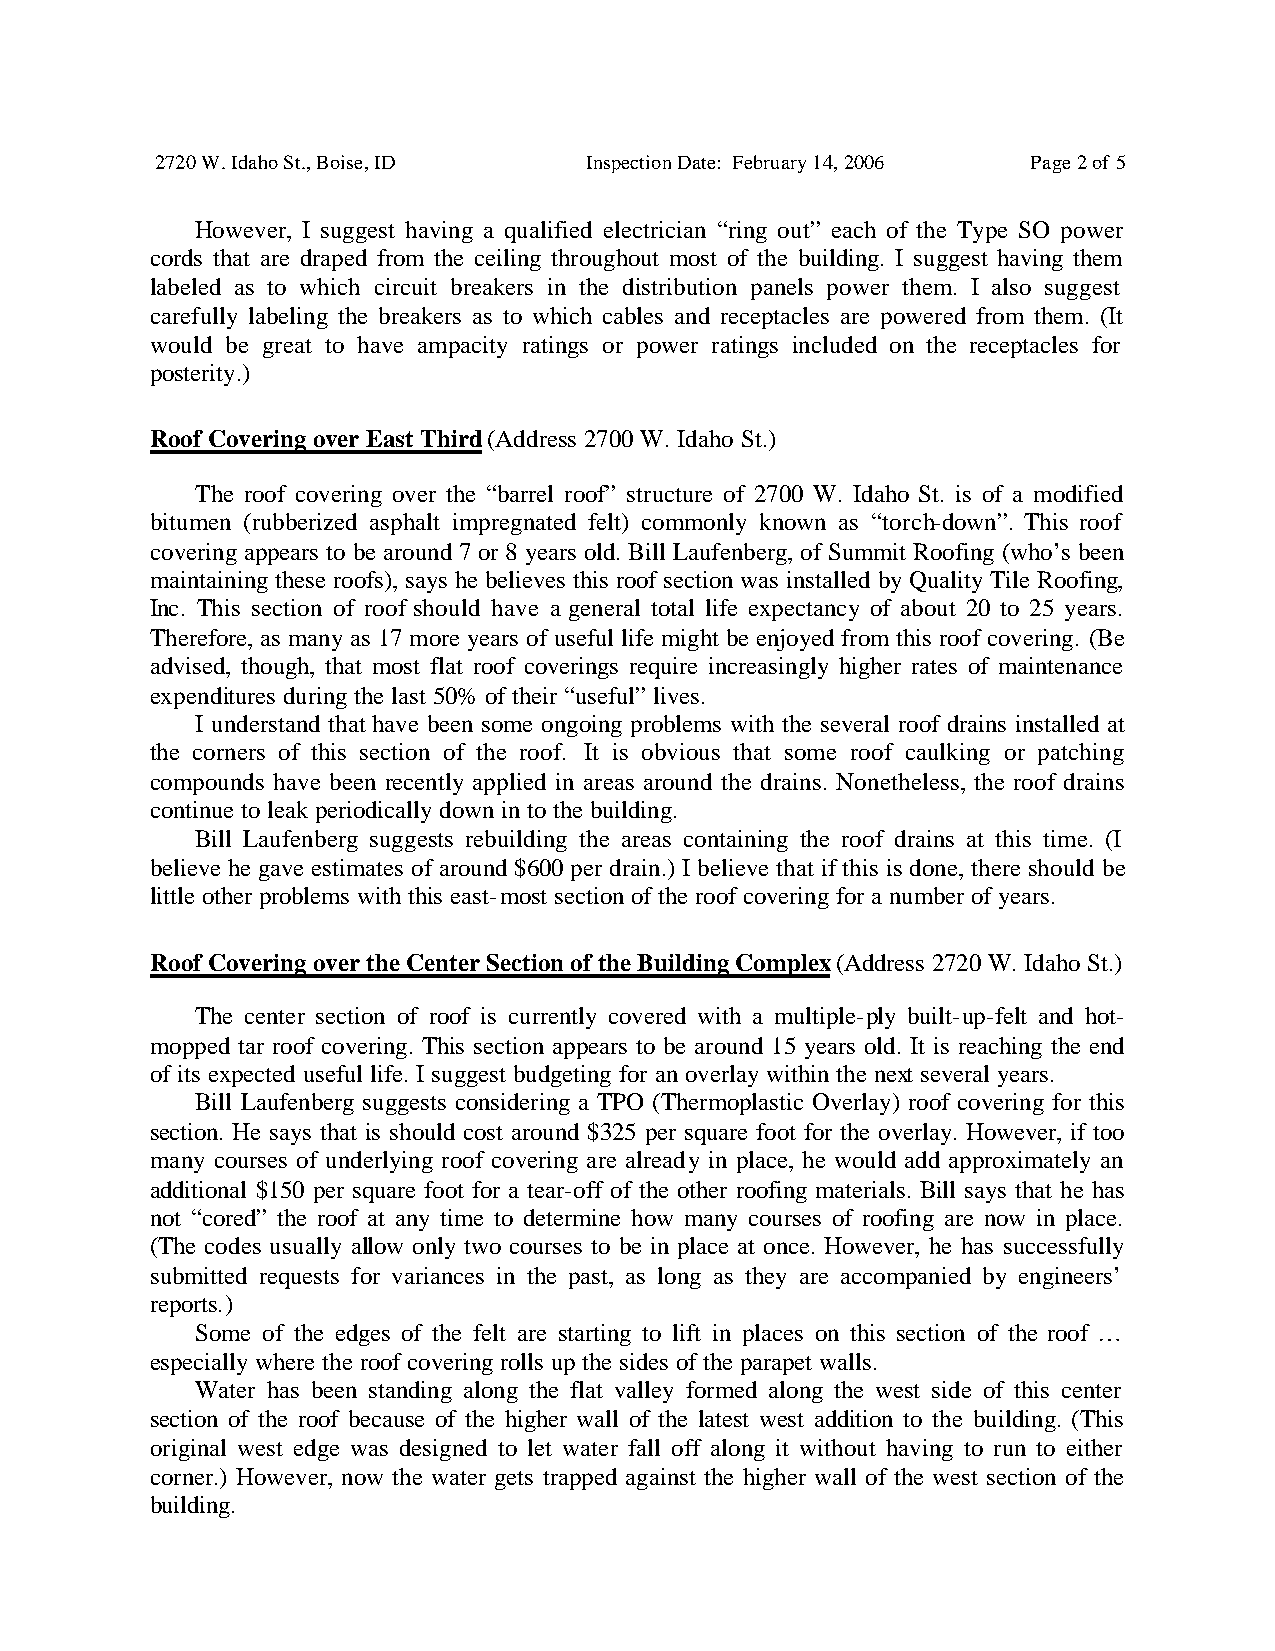
2720 W. Idaho St., Boise, ID Inspection Date: February 14, 2006 Page 2 of 5
 However, I suggest having a qualified electrician “ring out” each of the Type SO power
 cords that are draped from the ceiling throughout most of the building. I suggest having them
 labeled as to which circuit breakers in the distribution panels power them. I also suggest
 carefully labeling the breakers as to which cables and receptacles are powered from them. (It
 would be great to have ampacity ratings or power ratings included on the receptacles for
 posterity.)
 Roof Covering over East Third (Address 2700 W. Idaho St.)
 The roof covering over the “barrel roof” structure of 2700 W. Idaho St. is of a modified
 bitumen (rubberized asphalt impregnated felt) commonly known as “torch-down”. This roof
 covering appears to be around 7 or 8 years old. Bill Laufenberg, of Summit Roofing (who’s been
 maintaining these roofs), says he believes this roof section was installed by Quality Tile Roofing,
 Inc. This section of roof should have a general total life expectancy of about 20 to 25 years.
 Therefore, as many as 17 more years of useful life might be enjoyed from this roof covering. (Be
 advised, though, that most flat roof coverings require increasingly higher rates of maintenance
 expenditures during the last 50% of their “useful” lives.
 I understand that have been some ongoing problems with the several roof drains installed at
 the corners of this section of the roof. It is obvious that some roof caulking or patching
 compounds have been recently applied in areas around the drains. Nonetheless, the roof drains
 continue to leak periodically down in to the building.
 Bill Laufenberg suggests rebuilding the areas containing the roof drains at this time. (I
 believe he gave estimates of around $600 per drain.) I believe that if this is done, there should be
 little other problems with this east-most section of the roof covering for a number of years.
 Roof Covering over the Center Section of the Building Complex (Address 2720 W. Idaho St.)
 The center section of roof is currently covered with a multiple-ply built-up-felt and hot-
 mopped tar roof covering. This section appears to be around 15 years old. It is reaching the end
 of its expected useful life. I suggest budgeting for an overlay within the next several years.
 Bill Laufenberg suggests considering a TPO (Thermoplastic Overlay) roof covering for this
 section. He says that is should cost around $325 per square foot for the overlay. However, if too
 many courses of underlying roof covering are already in place, he would add approximately an
 additional $150 per square foot for a tear-off of the other roofing materials. Bill says that he has
 not “cored” the roof at any time to determine how many courses of roofing are now in place.
 (The codes usually allow only two courses to be in place at once. However, he has successfully
 submitted requests for variances in the past, as long as they are accompanied by engineers’
 reports.)
 Some of the edges of the felt are starting to lift in places on this section of the roof …
 especially where the roof covering rolls up the sides of the parapet walls.
 Water has been standing along the flat valley formed along the west side of this center
 section of the roof because of the higher wall of the latest west addition to the building. (This
 original west edge was designed to let water fall off along it without having to run to either
 corner.) However, now the water gets trapped against the higher wall of the west section of the
 building.